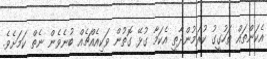
އެކަންތައް ތަހުގީގު ކުރަމުންދާތީ އެކަމާ ގުޅޭ ގޮތުން ވަކިއެއްޗެއް ބުނެވެން ނެތް ކަމަށެވެ.